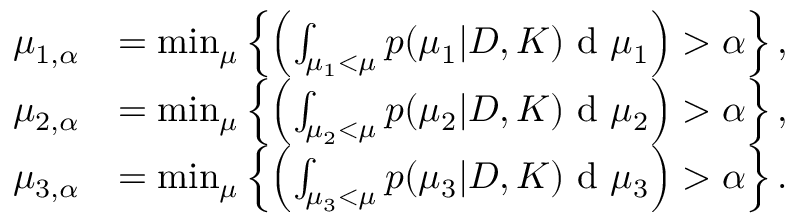
\begin{array} { r l } { \mu _ { 1 , \alpha } } & { = \operatorname* { m i n } _ { \mu } \left\{ \left( \int _ { \mu _ { 1 } < \mu } p ( \mu _ { 1 } | D , K ) \textup { d } \mu _ { 1 } \right) > \alpha \right\} , } \\ { \mu _ { 2 , \alpha } } & { = \operatorname* { m i n } _ { \mu } \left\{ \left( \int _ { \mu _ { 2 } < \mu } p ( \mu _ { 2 } | D , K ) \textup { d } \mu _ { 2 } \right) > \alpha \right\} , } \\ { \mu _ { 3 , \alpha } } & { = \operatorname* { m i n } _ { \mu } \left\{ \left( \int _ { \mu _ { 3 } < \mu } p ( \mu _ { 3 } | D , K ) \textup { d } \mu _ { 3 } \right) > \alpha \right\} . } \end{array}